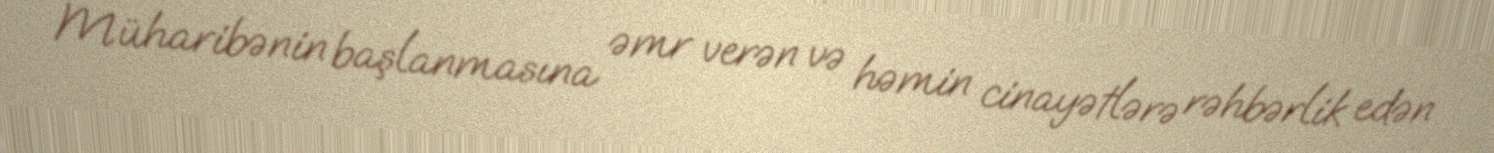
Müharibənin başlanmasına əmr verən və həmin cinayətlərə rəhbərlik edən